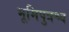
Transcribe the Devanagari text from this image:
भूमिपुत्रश्च